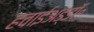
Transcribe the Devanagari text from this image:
हवाईअड्डॉ॰